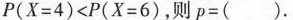
$$P ( X = 4 ) < P ( X = 6 )$$，则$$p = ( )$$。